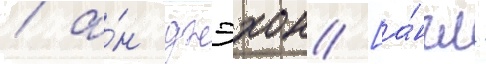
/ а́н джэхон [а́нгл.